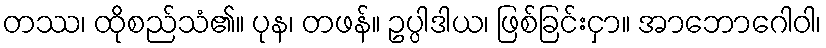
တဿ၊ ထိုစည်သံ၏။ ပုန၊ တဖန်။ ဥပ္ပါဒါယ၊ ဖြစ်ခြင်းငှာ။ အာဘောဂေါဝါ၊